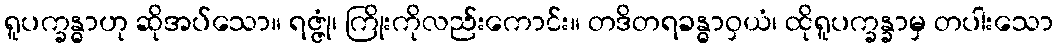
ရူပက္ခန္ဓာဟု ဆိုအပ်သော။ ရဇ္ဇုံ၊ ကြိုးကိုလည်းကောင်း။ တဒိတရခန္ဓာဝှယံ၊ ထိုရူပက္ခန္ခာမှ တပါးသော